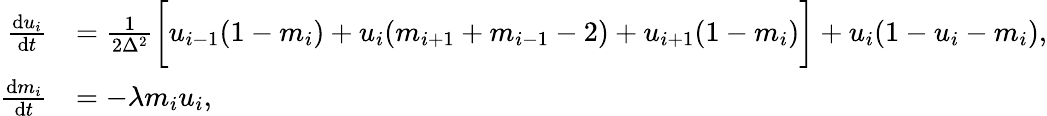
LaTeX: \begin{array}{rl}{\frac{\mathrm{d}u_{i}}{\mathrm{d}t}}&{=\frac{1}{2\Delta^{2}}\bigg[u_{i-1}(1-m_{i})+u_{i}(m_{i+1}+m_{i-1}-2)+u_{i+1}(1-m_{i})\bigg]+u_{i}(1-u_{i}-m_{i}),}\\ {\frac{\mathrm{d}m_{i}}{\mathrm{d}t}}&{=-\lambda m_{i}u_{i},}\end{array}